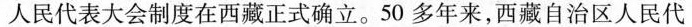
人民代表大会制度在西藏正式确立。50多年来，西藏自治区人民代